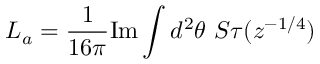
L _ { a } = \frac { 1 } { 1 6 \pi } \mathrm { I m } \int d ^ { 2 } \theta \ S \tau ( z ^ { - 1 / 4 } )